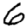
Digit: 6